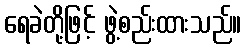
ရေခဲတို့ဖြင့် ဖွဲ့စည်းထားသည်။